Civil Veterinary Department. Madras. Admin. report 1926-33 - 1926-1933
Year: 1926
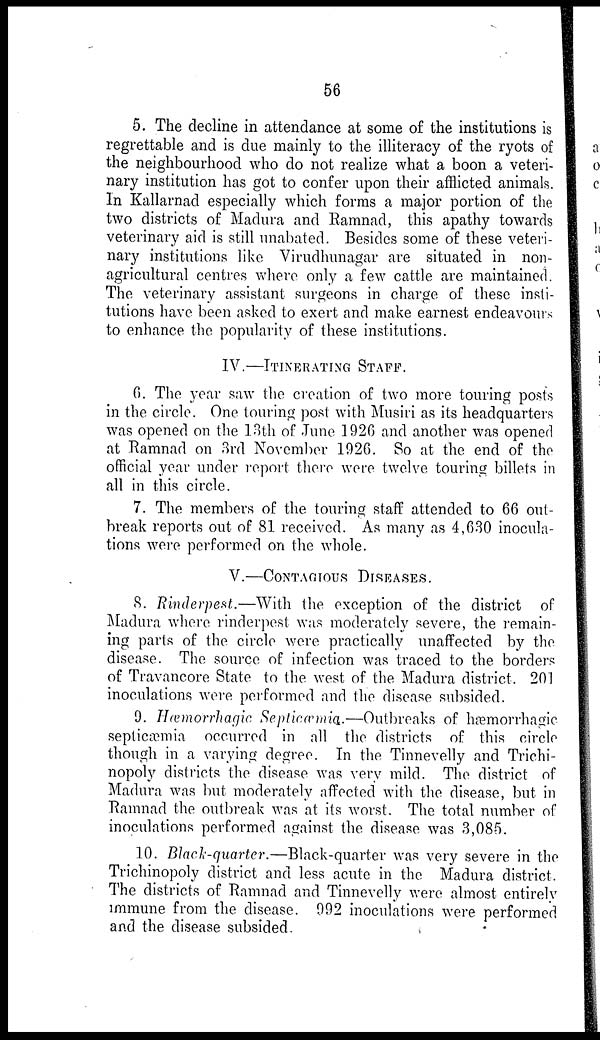
56
5. The decline in attendance at some of the institutions is
regrettable and is due mainly to the illiteracy of the ryots of
the neighbourhood who do not realize what a boon a veteri-
nary institution has got to confer upon their afflicted animals.
In Kallarnad especially which forms a major portion of the
two districts of Madura and Ramnad, this apathy towards
veterinary aid is still unabated. Besides some of these veteri-
nary institutions like Virudhunagar are situated in non-
agricultural centres where only a few cattle are maintained.
The veterinary assistant surgeons in charge of these insti-
tutions have been asked to exert and make earnest endeavours
to enhance the popularity of these institutions.
IV —ITINERATING STAFF.
6. The year saw the creation of two more touring posts
in the circle. One touring post with Musiri as its headquarters
was opened on the 13th of June 1926 and another was opened
at Ramnad on 3rd November 1926. So at the end of the
official year under report there were twelve touring billets in
all in this circle.
7. The members of the touring staff attended to 66 out-
break reports out of 81 received. As many as 4,630 inocula-
tions were performed on the whole.
V.—CONTAGIOUS DISEASES.
8. Rinderpest.—With the exception of the district of
Madura where rinderpest was moderately severe, the remain-
ing parts of the circle were practically unaffected by the
disease. The source of infection was traced to the borders
of Travancore State to the west of the Madura district. 201
inoculations were performed and the disease subsided.
9. Hæmorrhagic Septicæmia..—Outbreaks of hæmorrhagic
septicæmia occurred in all the districts of this circle
though in a varying degree. In the Tinnevelly and Trichi-
nopoly districts the disease was very mild. The district of
Madura was but moderately affected with the disease, but in
Ramnad the outbreak was at its worst. The total number of
inoculations performed against the disease was 3,085.
10. Black-quarter.—Black-quarter was very severe in the
Trichinopoly district and less acute in the Madura district.
The districts of Ramnad and Tinnevelly were almost entirely
immune from the disease. 992 inoculations were performed
and the disease subsided.